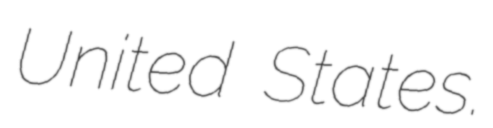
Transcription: United States.